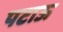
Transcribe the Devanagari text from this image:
पटाऊ